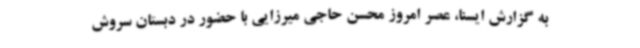
به گزارش ایسنا، عصر امروز محسن حاجی میرزایی با حضور در دبستان سروش